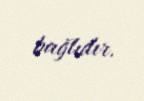
bağlıdır.